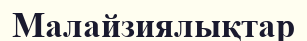
Малайзиялықтар